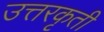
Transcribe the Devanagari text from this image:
उत्तरकृती